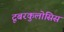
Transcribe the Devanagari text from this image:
टूबरकुलोसिस